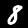
Label: 8